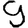
Digit: 9